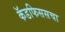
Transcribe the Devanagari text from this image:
कॅडफिससचा